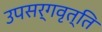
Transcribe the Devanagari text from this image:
उपसर्गवृत्ति